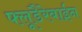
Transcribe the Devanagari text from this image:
फ्लूडैरेबाईन